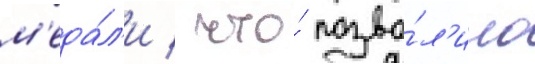
м'еда́л'и / что́ позво́л'ило